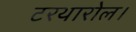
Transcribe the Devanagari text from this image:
टरथारोल।